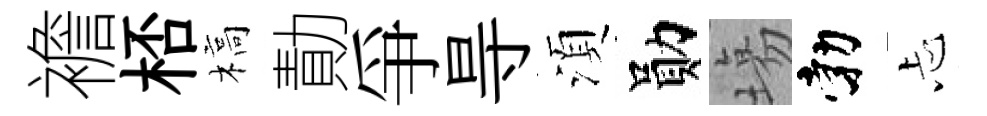
襜桮槁勣爭㝵湏勛塲勃忐